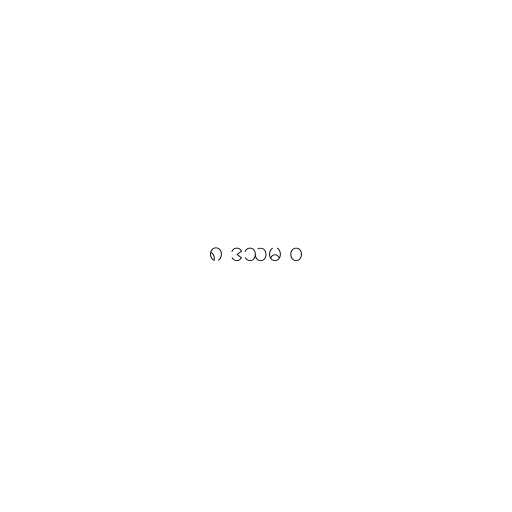
၈ ဒသမ ၀